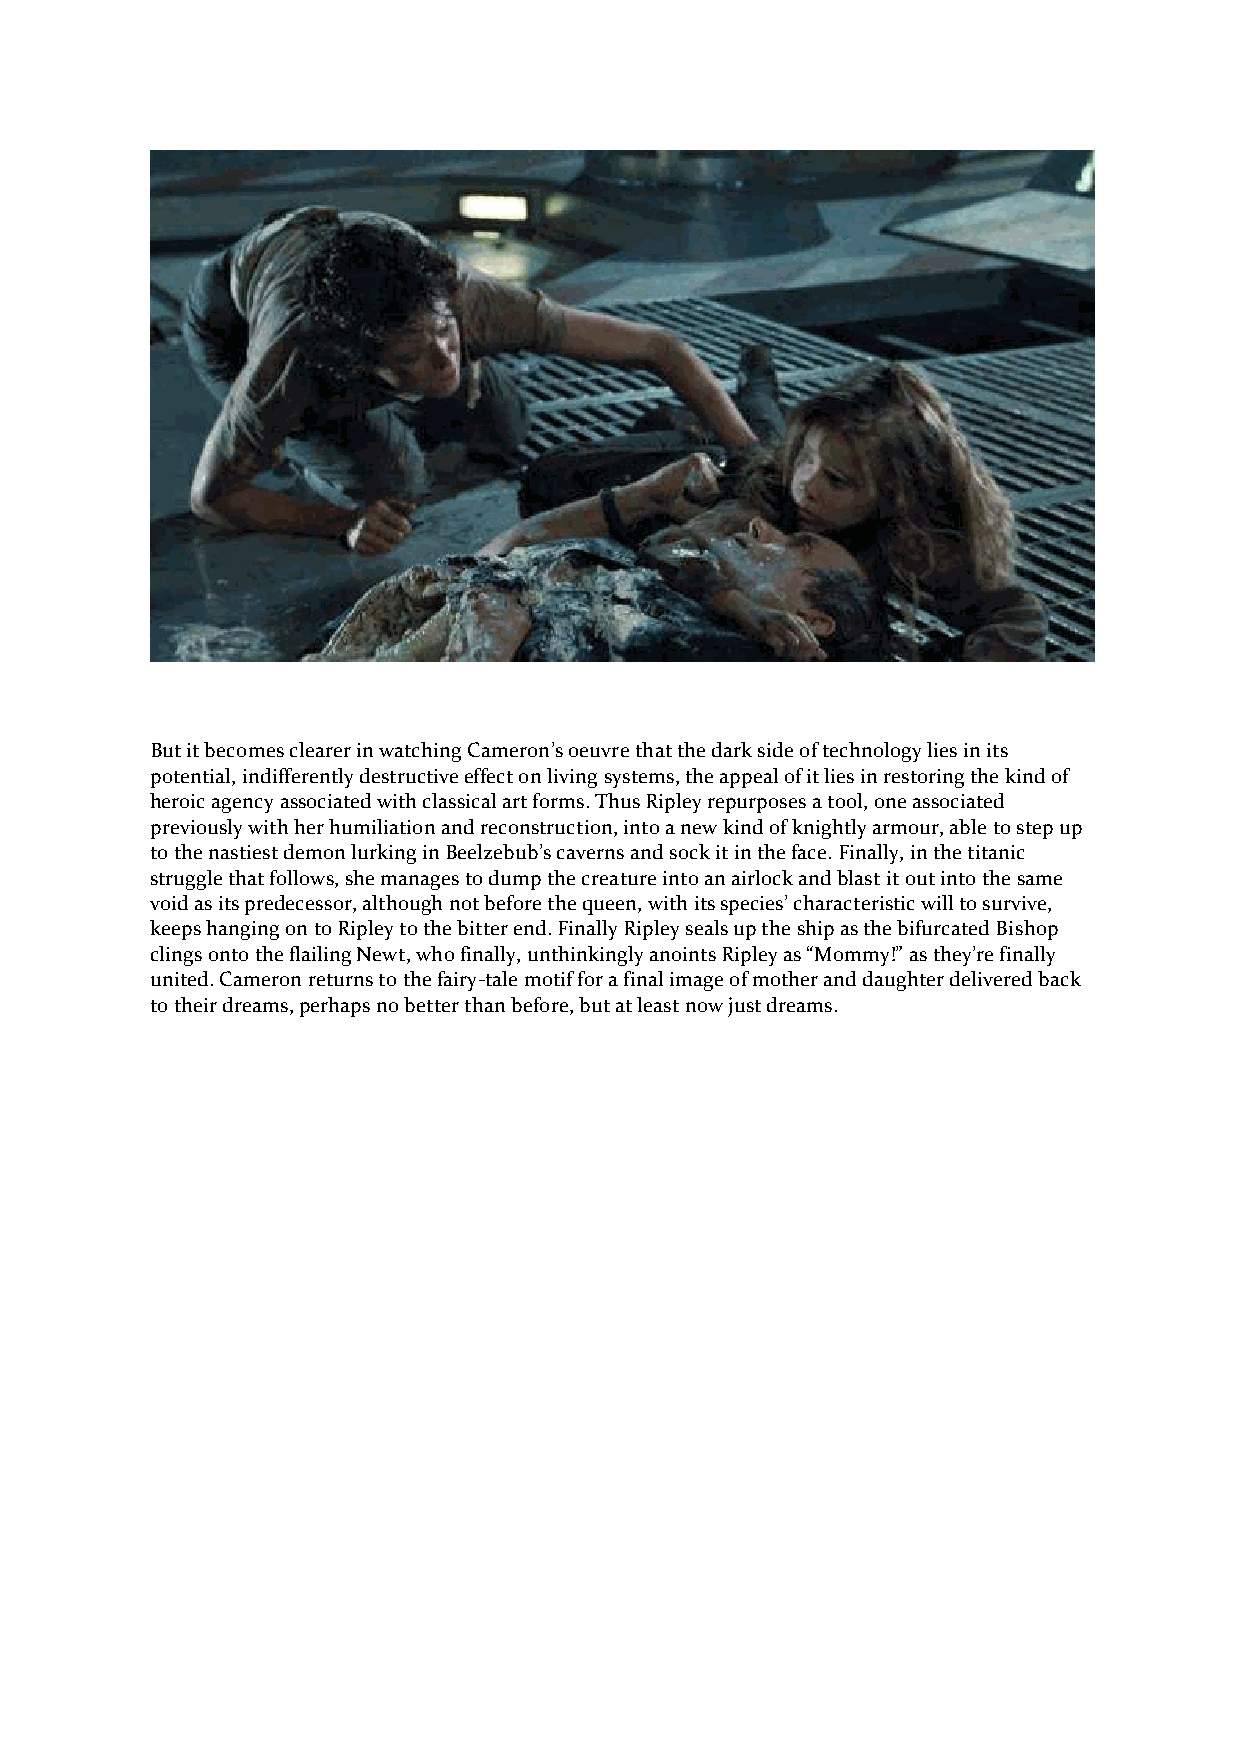
But it becomes clearer in watching Cameron’s oeuvre that the dark side of technology lies in its
 potential, indifferently destructive effect on living systems, the appeal of it lies in restoring the kind of
 heroic agency associated with classical art forms. Thus Ripley repurposes a tool, one associated
 previously with her humiliation and reconstruction, into a new kind of knightly armour, able to step up
 to the nastiest demon lurking in Beelzebub’s caverns and sock it in the face. Finally, in the titanic
 struggle that follows, she manages to dump the creature into an airlock and blast it out into the same
 void as its predecessor, although not before the queen, with its species’ characteristic will to survive,
 keeps hanging on to Ripley to the bitter end. Finally Ripley seals up the ship as the bifurcated Bishop
 clings onto the flailing Newt, who finally, unthinkingly anoints Ripley as “Mommy!” as they’re finally
 united. Cameron returns to the fairy-tale motif for a final image of mother and daughter delivered back
 to their dreams, perhaps no better than before, but at least now just dreams.